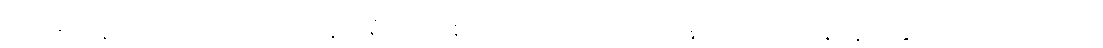
မက်ကော့တို့ဟာလည်း ဝယ်ယူဖို့ စိတ်ဝင်စားတယ်လို့ အရင်တုန်းက ပြောနေသူတွေထဲ ပါကြပါတယ်။